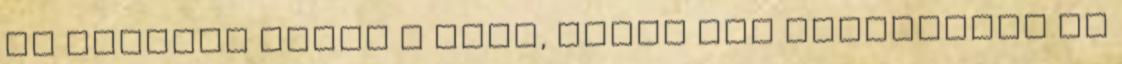
is befújta hóval a szél, ezért sem indították el